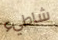
شاطيء